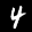
Label: 4